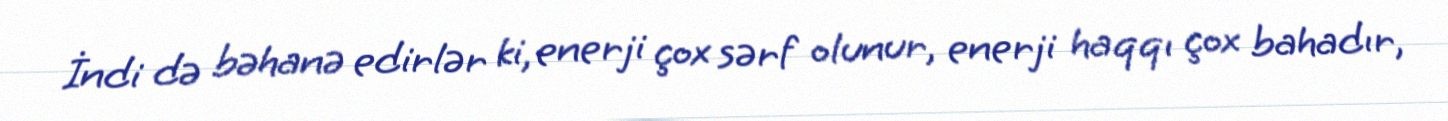
İndi də bəhanə edirlər ki, enerji çox sərf olunur, enerji haqqı çox bahadır,